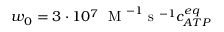
w _ { 0 } = 3 \cdot 1 0 ^ { 7 } \; \mathrm { ~ M ~ } ^ { - 1 } \mathrm { ~ s ~ } ^ { - 1 } c _ { A T P } ^ { e q }